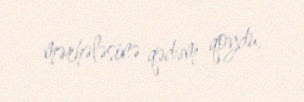
mərhələsinə qədəm qoydu.